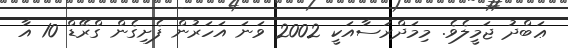
ޢަބްދު ޖަމީލެވެ. މިމަދްރަސާއަކީ 2002 ވަނަ އަހަރުން ފެށިގެން ގްރޭޑް 10 އާ